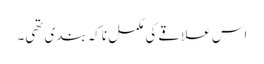
اس علاقے کی مکمل ناکہ بندی تھی۔